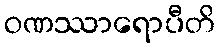
ဝဏဿာရောပီတိ